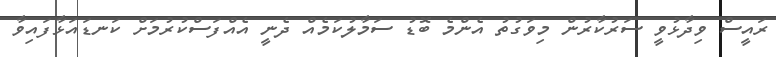
ރައީސް ވިދާޅުވީ ސަރުކާރުން މިވަގުތު އެންމެ ބޮޑު ސަމާލުކަމެއް ދެނީ އެއްފަސްކުރުމަށް ކަނޑައަޅާފައިވާ